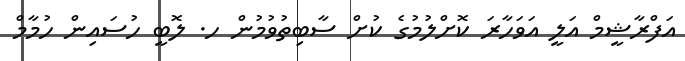
އަފްރާޝީމް އަލީ އަވަހާރަ ކޮށްލުމުގެ ކުށް ސާބިތުވުމުން ހ. ލޮބީ ހުސައިން ހުމާމް